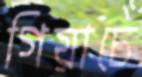
গিয়াচে